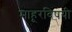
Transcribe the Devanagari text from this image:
माहूरविषयी